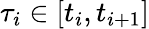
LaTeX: \tau_{i}\in[t_{i},t_{i+1}]